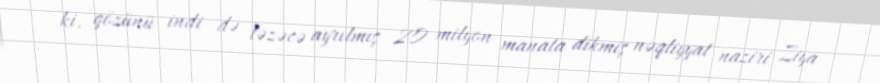
ki, gözünü indi də təzəcə ayrılmış 20 milyon manata dikmiş nəqliyyat naziri Ziya